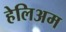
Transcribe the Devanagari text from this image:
हेलिअम